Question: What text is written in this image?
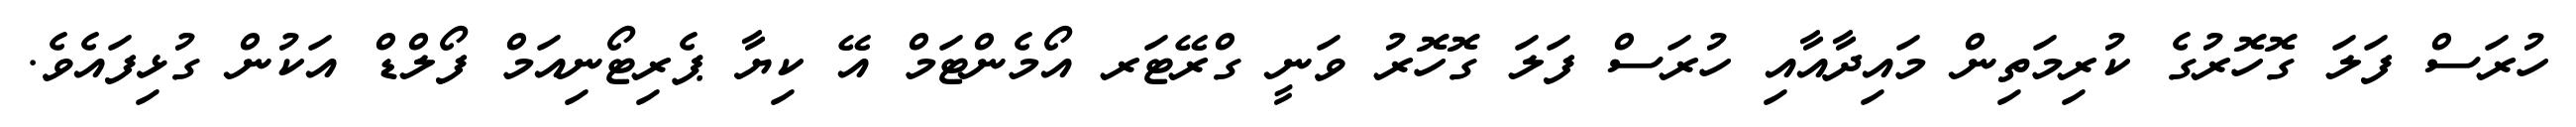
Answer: ހުރަސް ފަލަ ގޮހޮރުގެ ކުރިމަތިން މައިދާއާއި ހުރަސް ފަލަ ގޮހޮރު ވަނީ ގްރޭޓަރ އޯމެންޓަމް އޭ ކިޔާ ޕެރިޓޯނިއަމް ފޯލްޑް އަކުން ގުޅިފައެވެ.